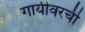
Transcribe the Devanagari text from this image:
गायीवरची